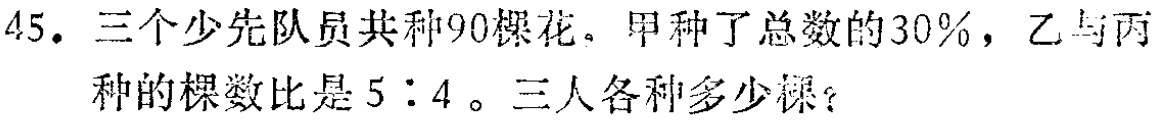
45. 三个少先队员共种90棵花。甲种了总数的30%，乙与丙种的棵数比是5:4。三人各种多少棵？